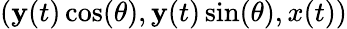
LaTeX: (\mathbf{y}(t)\cos(\theta),\mathbf{y}(t)\sin(\theta),x(t))